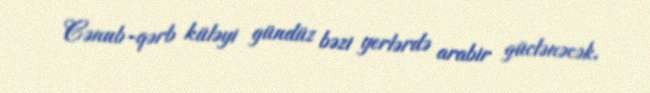
Cənub-qərb küləyi gündüz bəzi yerlərdə arabir güclənəcək.